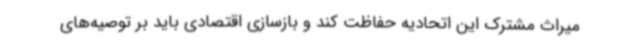
میراث مشترک این اتحادیه حفاظت کند و بازسازی اقتصادی باید بر توصیه‌های